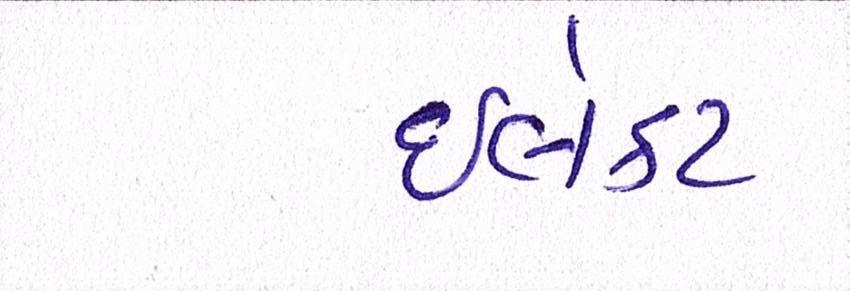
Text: ઈલેક્ટ